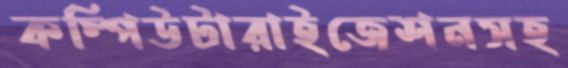
কম্পিউটারাইজেশনসহ